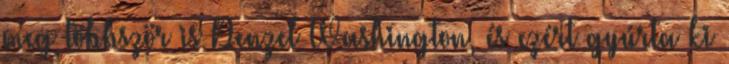
meg többször is Denzel Washington, és ezért gyúrta ki